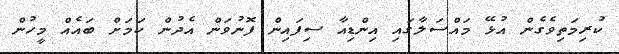
ކުރިމަތިވެގެން އުޅޭ މައްސަލާގައި އިންޑިއާ ސިފައިން ފޮނުވަން އެދުން ކަމަށް ބައެއް މީހުން